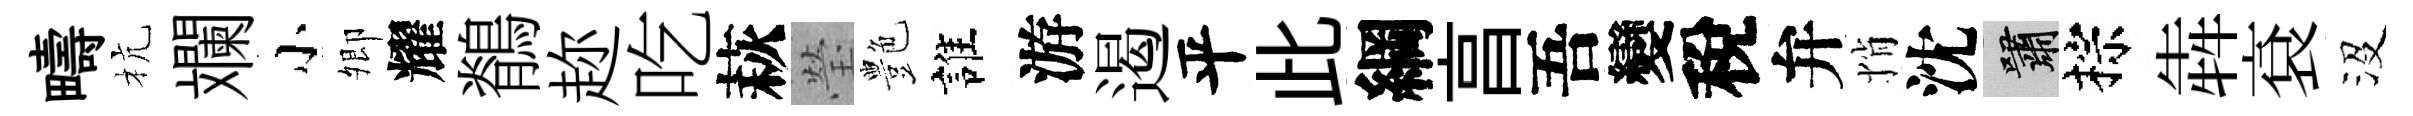
疇杭斕小𡖖耀鶺趂吃萩瑩艶誰游遏平此綱亯吾變稅弁悄沈嘯棕犇袞沒